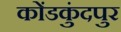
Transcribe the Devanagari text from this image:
कोंडकुंदपुर